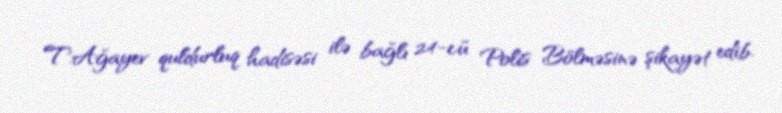
T.Ağayev quldurluq hadisəsi ilə bağlı 24-cü Polis Bölməsinə şikayət edib.